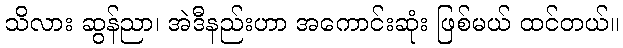
သိလား ဆွန်ညာ၊ အဲဒီနည်းဟာ အကောင်းဆုံး ဖြစ်မယ် ထင်တယ်။